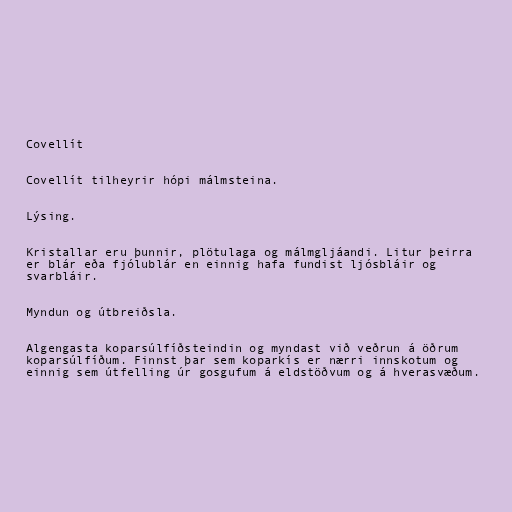
Covellít

Covellít tilheyrir hópi málmsteina.

Lýsing.

Kristallar eru þunnir, plötulaga og málmgljáandi. Litur þeirra
er blár eða fjólublár en einnig hafa fundist ljósbláir og
svarbláir.

Myndun og útbreiðsla.

Algengasta koparsúlfíðsteindin og myndast við veðrun á öðrum
koparsúlfíðum. Finnst þar sem koparkís er nærri innskotum og
einnig sem útfelling úr gosgufum á eldstöðvum og á hverasvæðum.